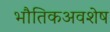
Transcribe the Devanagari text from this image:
भौतिकअवशेष